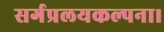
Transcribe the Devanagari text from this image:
सर्गप्रलयकल्पना।